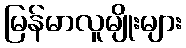
မြန်မာလူမျိုးများ